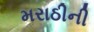
મરાઠીની